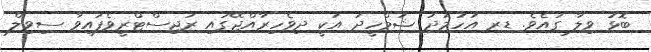
ބޮޅު ވިލާ ގައެވެ. ޑރ އަހުމަދު ޝަމްހީދު އަކީ ދިވެހިރާއްޖޭގައި ރަޖިސްޓްރީވެފައިވާ ސިވިލް